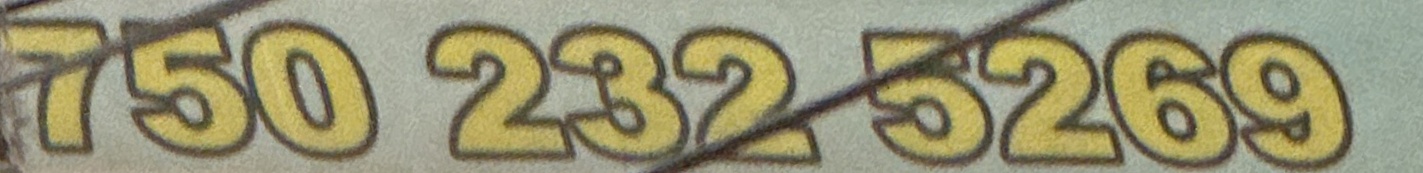
750 232 5269